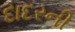
દાદરની